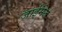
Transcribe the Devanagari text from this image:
जाईमेज